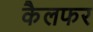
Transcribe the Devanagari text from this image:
कैलफर